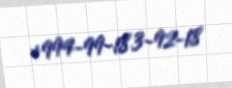
+994-99-183-92-18